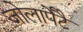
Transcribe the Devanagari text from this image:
जोलार्पेटै